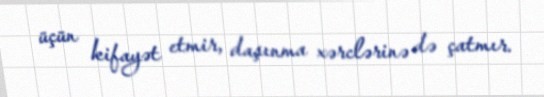
üçün kifayət etmir, daşınma xərclərinə də çatmır.